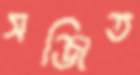
সঞ্জিত